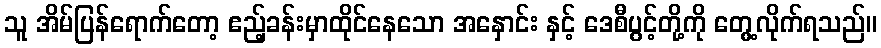
သူ အိမ်ပြန်ရောက်တော့ ဧည့်ခန်းမှာထိုင်နေသော အနှောင်း နှင့် ဒေစီပွင့်တို့ကို တွေ့လိုက်ရသည်။